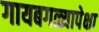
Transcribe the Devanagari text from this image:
गायबगळ्यापेक्षा